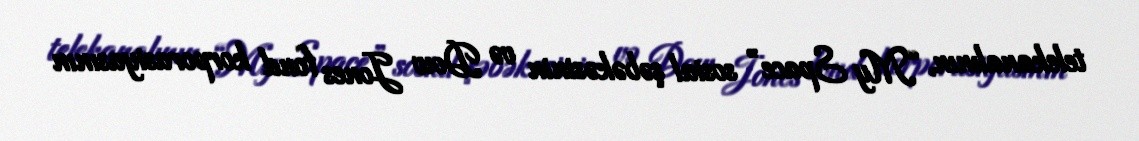
telekanalının, “My Space” sosial şəbəkəsinin və Dow Jones fond korporasiyasının